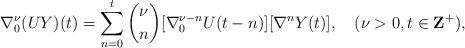
LaTeX: \begin{align*}\nabla_{0}^{\nu}(UY)(t)=\sum_{n=0}^{t}{\nu \choose n}[\nabla_{0}^{\nu-n}U(t-n)][\nabla^{n}Y(t)],\quad(\nu>0,t\in\mathbf{Z}^{+}),\end{align*}